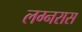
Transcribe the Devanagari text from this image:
लग्नरास